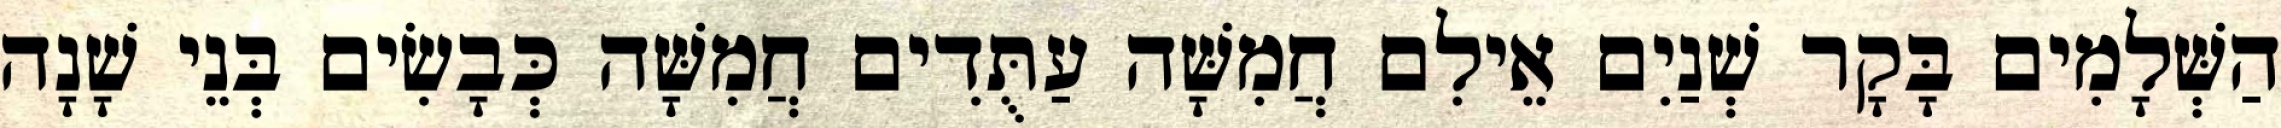
הַשְּׁלָמִים בָּקָר שְׁנַיִם אֵילִם חֲמִשָּׁה עַתֻּדִים חֲמִשָּׁה כְּבָשִׂים בְּנֵי שָׁנָה